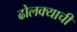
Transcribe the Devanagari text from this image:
ढोलक्याची